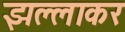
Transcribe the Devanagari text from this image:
झल्लाकर